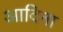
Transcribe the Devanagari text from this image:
आदिना